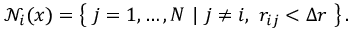
\begin{array} { r } { \mathcal { N } _ { i } ( x ) = \left\{ ~ j = 1 , \dots , N ~ | ~ j \neq i , ~ r _ { i j } < \Delta r ~ \right\} . } \end{array}